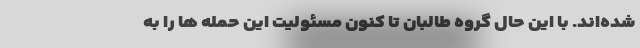
شده‌اند. با این حال گروه طالبان تا کنون مسئولیت این حمله ها را به